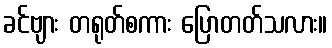
ခင်ဗျား တရုတ်စကား ပြောတတ်သလား။